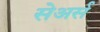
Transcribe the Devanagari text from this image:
सेअर्स